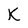
Character: K